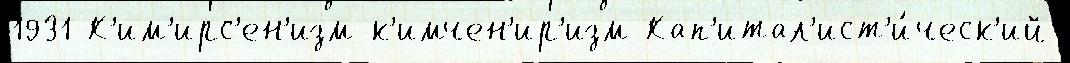
1931 К'им'ирс'ен'изм-к'имчен'ир'изм Кап'итал'ист'и́ческ'ий